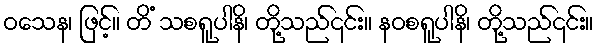
ဝသေန၊ ဖြင့်။ တိံ သစရူပါနိ၊ တို့သည်၎င်း။ နဝစရူပါနိ၊ တို့သည်၎င်း။